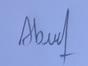
Signature authenticity: forged